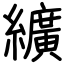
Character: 纊